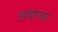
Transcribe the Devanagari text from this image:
उयापार